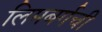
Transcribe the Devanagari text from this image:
लिमबर्गची